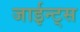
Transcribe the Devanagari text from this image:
जाईन्ट्स